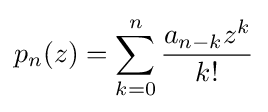
p_{n}(z)=\sum _{k=0}^{n}{\frac {a_{n-k}z^{k}}{k!}}